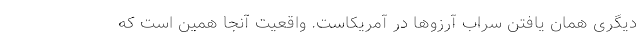
دیگری همان یافتن سراب آرزوها در آمریکاست. واقعیت آنجا همین است که